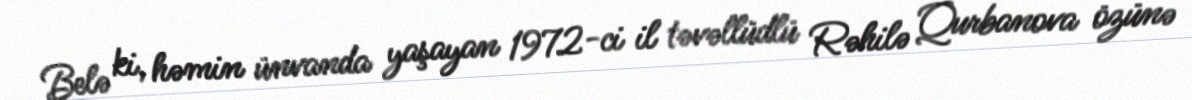
Belə ki, həmin ünvanda yaşayan 1972-ci il təvəllüdlü Rəhilə Qurbanova özünə